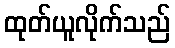
ထုတ်ယူလိုက်သည်